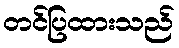
တင်ပြထားသည်